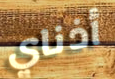
أذناي